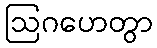
ဩဂဟေတွာ